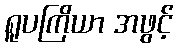
ရူပကြိယာ အဖွင့်